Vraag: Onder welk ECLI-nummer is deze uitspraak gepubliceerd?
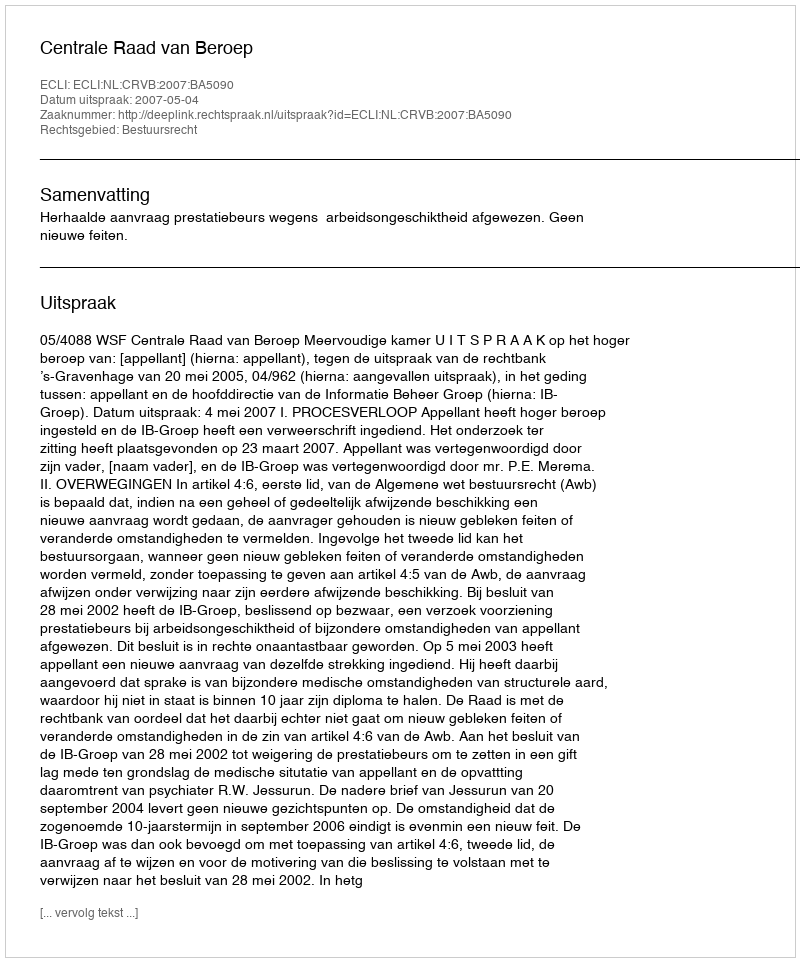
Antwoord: ECLI:NL:CRVB:2007:BA5090